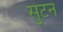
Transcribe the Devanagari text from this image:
सुटन